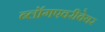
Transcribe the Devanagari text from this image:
ब्लॉगएवरीवेयर